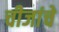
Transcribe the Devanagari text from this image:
चीजांचे